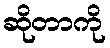
ဆိုတာကို